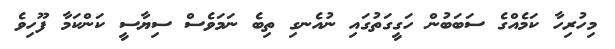
މިހުރިހާ ކަމެއްގެ ސަބަބުން ހަގީގަތުގައި ނުއެނގި ތިބެ ނަމަވެސް ސިޔާސީ ކަންކަމާ ފޫހިވެ